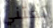
تعتني